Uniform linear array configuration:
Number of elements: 16
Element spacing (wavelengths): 0.25
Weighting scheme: kaiser
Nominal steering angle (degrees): -15
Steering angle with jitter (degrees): -16.8
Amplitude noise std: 0.05
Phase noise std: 0.05

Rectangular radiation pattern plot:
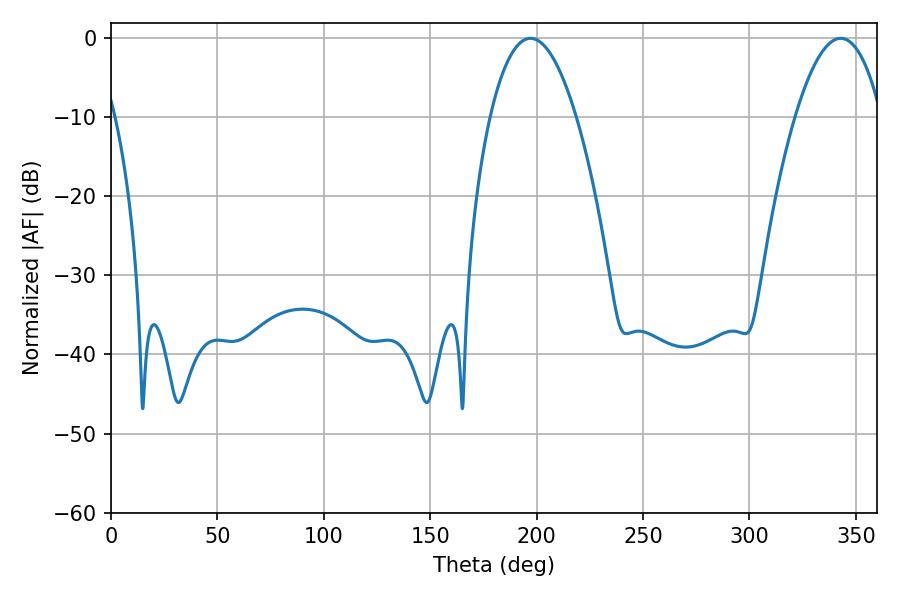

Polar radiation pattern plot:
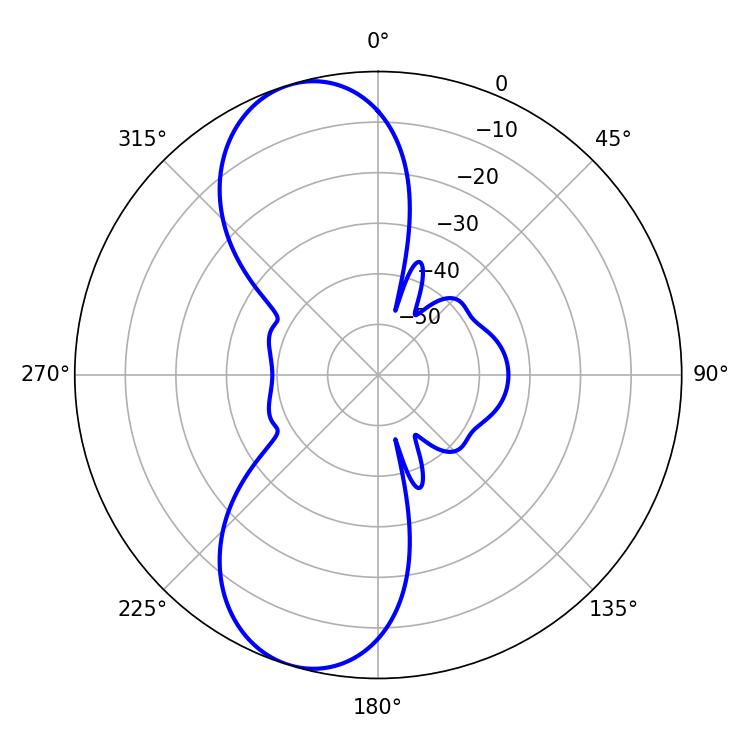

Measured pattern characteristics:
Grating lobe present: FALSE
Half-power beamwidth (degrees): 22.32
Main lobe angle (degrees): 197.1